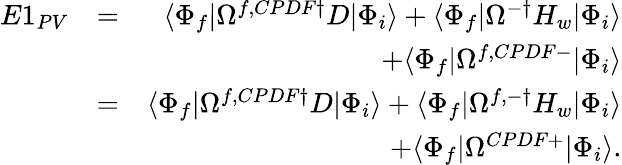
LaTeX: \begin{array}{rlr}{E1_{PV}}&{=}&{\langle\Phi_{f}|\Omega^{f,CPDF\dagger}D|\Phi_{i}\rangle+\langle\Phi_{f}|\Omega^{-\dagger}H_{w}|\Phi_{i}\rangle}\\ &{}&{+\langle\Phi_{f}|\Omega^{f,CPDF-}|\Phi_{i}\rangle}\\ &{=}&{\langle\Phi_{f}|\Omega^{f,CPDF\dagger}D|\Phi_{i}\rangle+\langle\Phi_{f}|\Omega^{f,-\dagger}H_{w}|\Phi_{i}\rangle}\\ &{}&{+\langle\Phi_{f}|\Omega^{CPDF+}|\Phi_{i}\rangle.}\end{array}